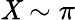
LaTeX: \mathit{X}\sim\pi